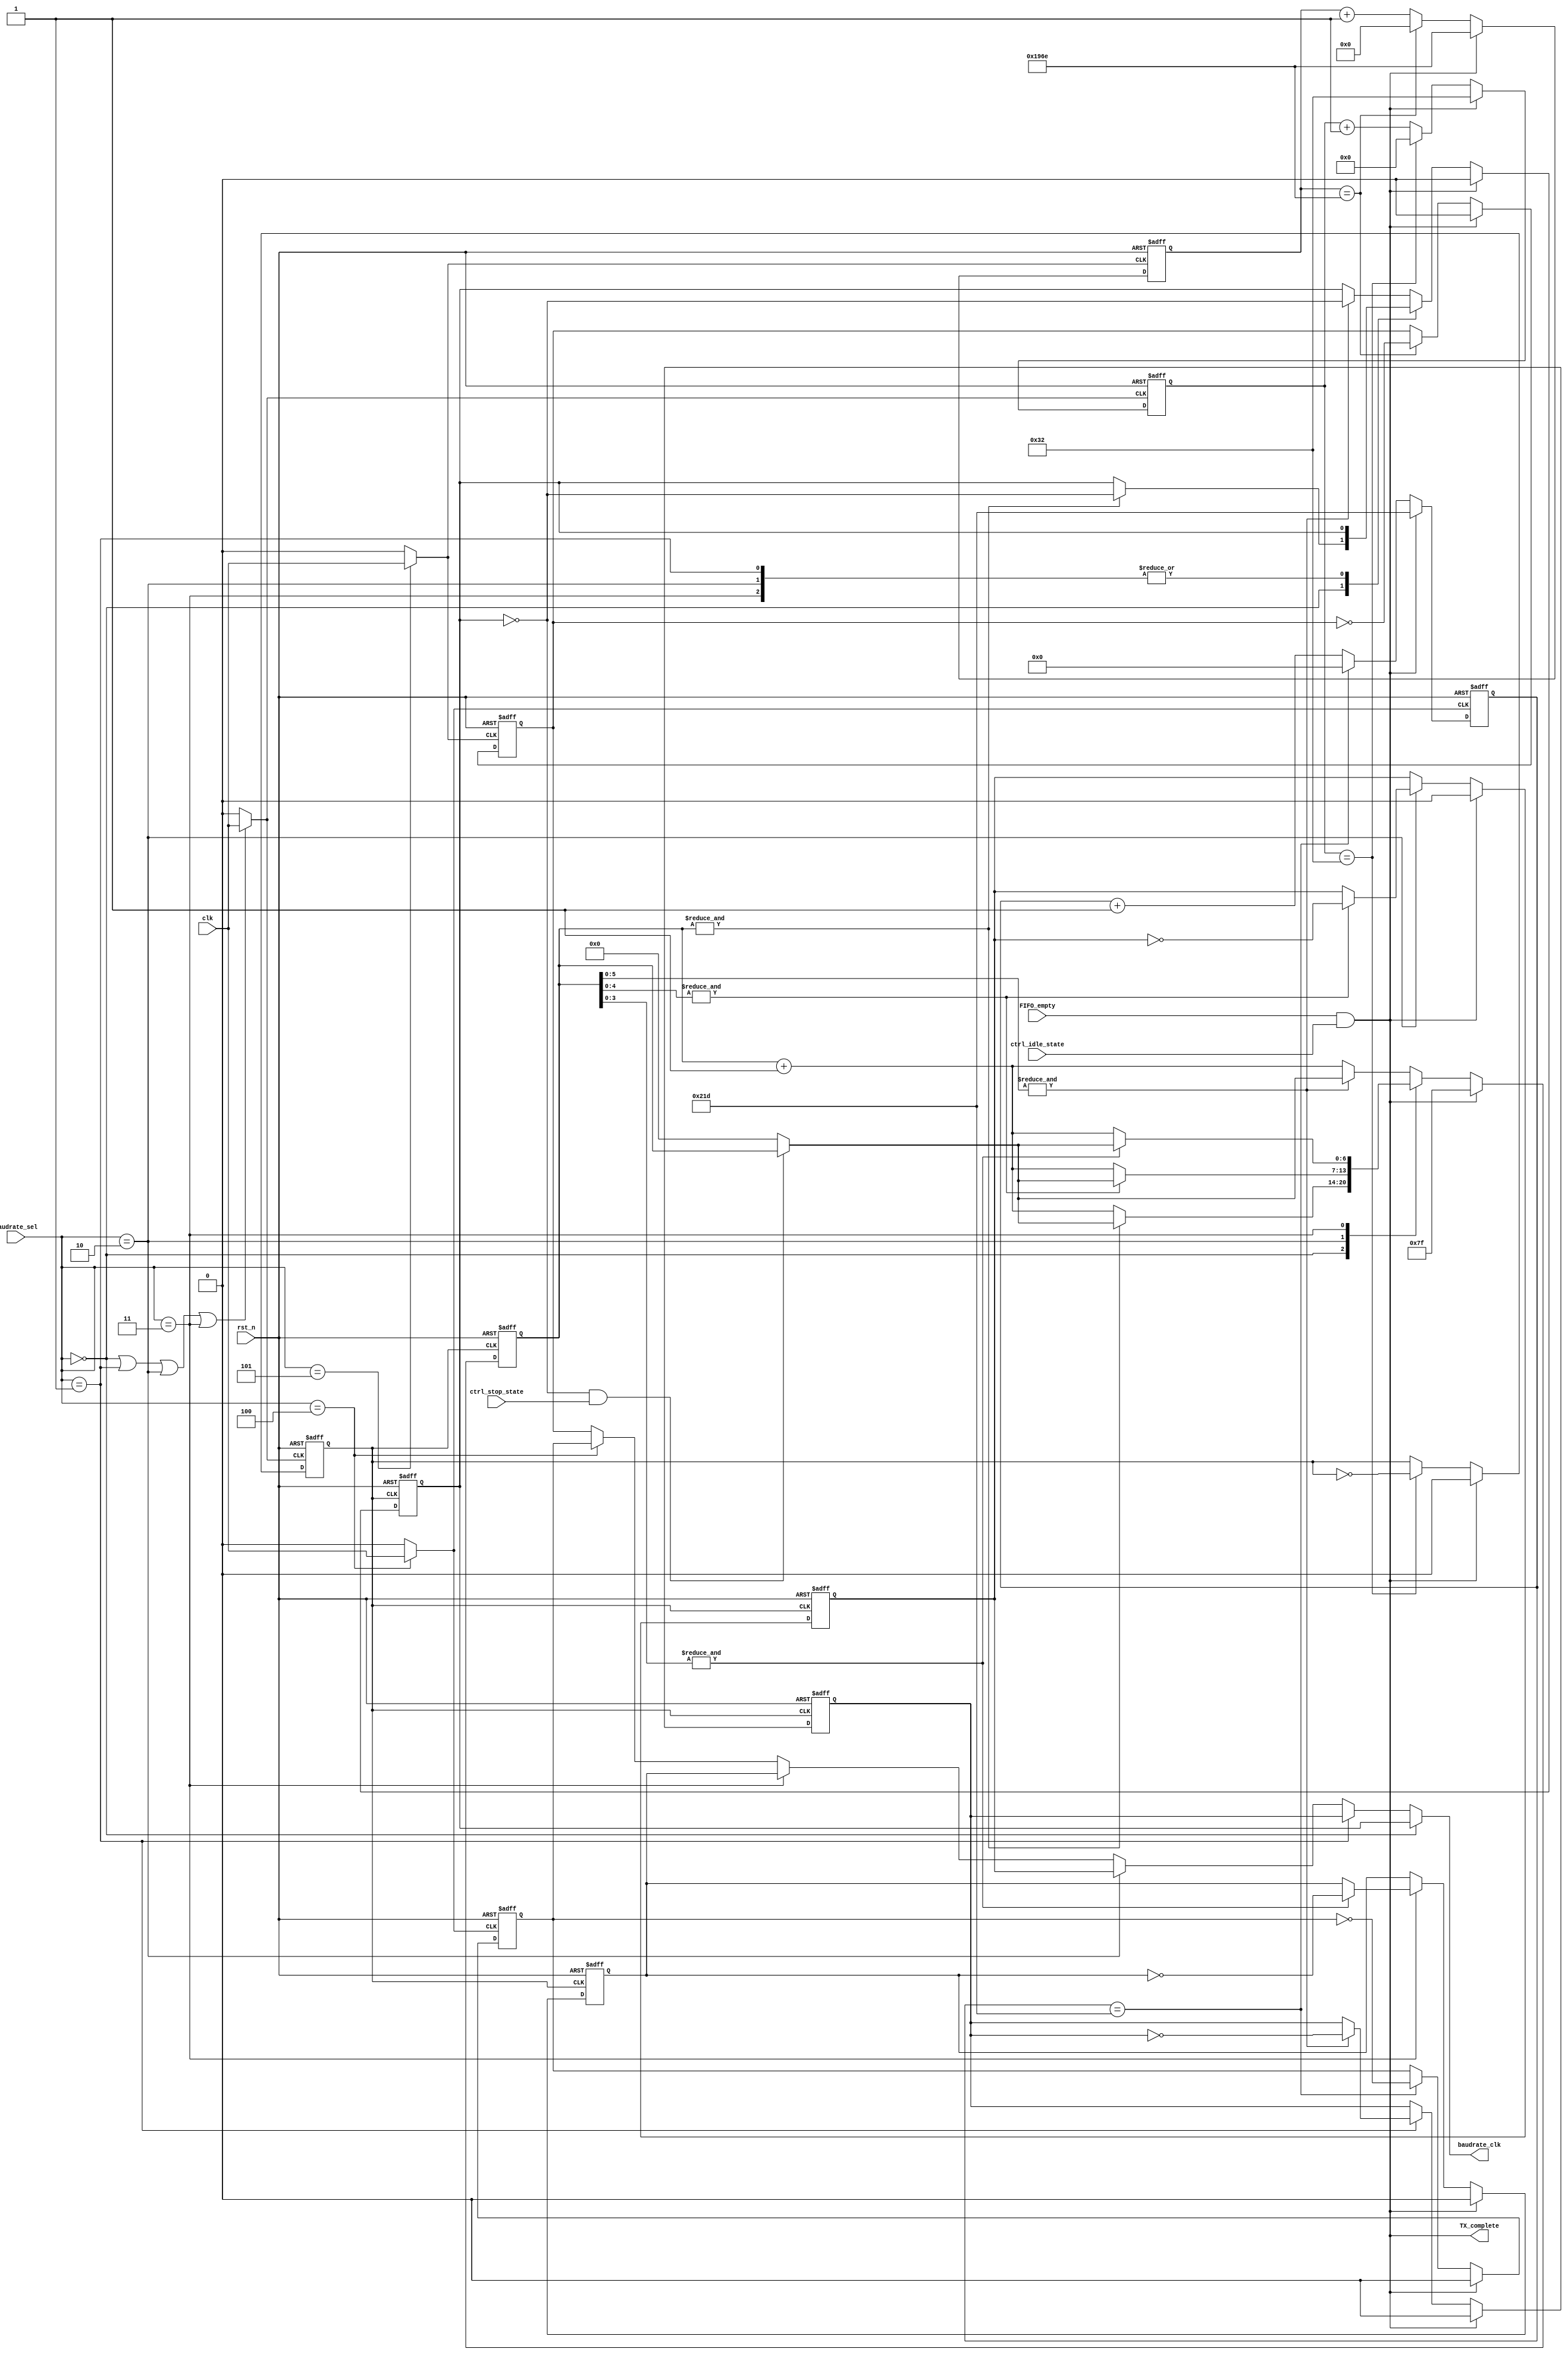
module com_uart_trans_timer
    #(  parameter CLOCK_DIVIDER =           51,     // <value> = ceil(Internal clock / (256 * 2))
        // Unique clock use for reducing error percent (increase accuracy)
        parameter CLOCK_DIVIDER_UNIQUE_1 =  542,    // <value> = ceil(Internal clock / (<BAUDRATE_SPEED> * 2))  (115200)
        parameter CLOCK_DIVIDER_UNIQUE_2 =  6511,   // <value> = ceil(Internal clock / (<BAUDRATE_SPEED> * 2))  (9600)
        parameter BD4800_ENCODE =           0,
        parameter BD9600_ENCODE =           1,
        parameter BD19200_ENCODE =          2,
        parameter BD38400_ENCODE =          3,   
        parameter BD_UNIQUE_1_ENCODE =      4,      // Unique Baudrate 
        parameter BD_UNIQUE_2_ENCODE  =     5,      // Unique Baudrate 
        
        parameter BAUDRATE_SEL_WIDTH     = $clog2(BD_UNIQUE_2_ENCODE + 1),  // Max encode value
        parameter UNIQUE_1_COUNTER_WIDTH = $clog2(CLOCK_DIVIDER_UNIQUE_1 + 1), 
        parameter UNIQUE_2_COUNTER_WIDTH = $clog2(CLOCK_DIVIDER_UNIQUE_2 + 1),  
        parameter FIRST_COUNTER_WIDTH   = $clog2(CLOCK_DIVIDER)
    )
    (
    input   wire                                clk,
    input   wire    [BAUDRATE_SEL_WIDTH - 1:0]  baudrate_sel,
    input   wire                                rst_n,
    output  wire                                baudrate_clk,
//    output [5:0] debug_40,
//    output [6:0] debug_128
    input   wire                                FIFO_empty,
    input   wire                                ctrl_idle_state,
    input   wire                                ctrl_stop_state,
    
    // Optional
    output  wire                                TX_complete
    // Debug 
//    , output wire TX_disable_wire
//    , output wire debug
//    , output [FIRST_COUNTER_WIDTH - 1:0] debug_1
    );
    // Divider 
    // Baudrate clock (prescaler)
//    localparam Bd9600 = 3'b000;
//    localparam Bd19200 = 3'b001;
//    localparam Bd38400 = 3'b010;
//    localparam Bd76800 = 3'b011;
    
    wire TX_disable = (FIFO_empty & ctrl_idle_state);
    
    reg [FIRST_COUNTER_WIDTH - 1:0] counter_div40;
    reg baudrate_div40;
    wire normal_mode_clk;
    wire normal_mode_en = ( baudrate_sel == BD4800_ENCODE   | baudrate_sel == BD9600_ENCODE |
                            baudrate_sel == BD19200_ENCODE  | baudrate_sel == BD38400_ENCODE);
    
    assign normal_mode_clk = (normal_mode_en) ? clk : 1'b0;
    
    always @(posedge normal_mode_clk, negedge rst_n) begin
        if(!rst_n) begin
            counter_div40 <= (CLOCK_DIVIDER - 1);
            baudrate_div40 <= 0; 
        end
        else begin
            if(TX_disable) begin
                counter_div40 <= (CLOCK_DIVIDER - 1);
                baudrate_div40 <= 0;
            end
            else begin
                if(counter_div40 == (CLOCK_DIVIDER - 1)) begin
                    counter_div40 <= 0;
                    baudrate_div40 <= ~baudrate_div40;
                end
                else counter_div40 <= counter_div40 + 1;
            end
        end
    end
    
    
    reg [6:0] counter_bd9600;
    reg baudrate_div40_div128;      // Bd 9600
    reg baudrate_div40_div64;       // Bd 19200
    reg baudrate_div40_div32;       // Bd 38400
    reg baudrate_div40_div16;       // Bd 76800
//    always @(posedge baudrate_div40, negedge rst_n, reg_en) begin
    always @(posedge baudrate_div40, negedge rst_n) begin
        if(!rst_n) begin
            counter_bd9600 <= 127;
            baudrate_div40_div128 <= 0;      
            baudrate_div40_div64 <= 0;       
            baudrate_div40_div32 <= 0;       
            baudrate_div40_div16 <= 0;
        end
        else begin
            if(TX_disable) begin
                counter_bd9600 <= 127;
                baudrate_div40_div128 <= 0;      
                baudrate_div40_div64 <= 0;       
                baudrate_div40_div32 <= 0;       
                baudrate_div40_div16 <= 0;
            end
            else begin
                case (baudrate_sel)
                    BD4800_ENCODE: begin
                        if(&counter_bd9600[6:0]) begin
                            counter_bd9600 <= ((baudrate_div40_div128 == 0) & (ctrl_stop_state)) ? counter_bd9600 : 0;
                            baudrate_div40_div128 <= ~baudrate_div40_div128;
                        end
                        else counter_bd9600 <= counter_bd9600 + 1;
                    end
                    BD9600_ENCODE: begin
                        if(&counter_bd9600[5:0]) begin
                            counter_bd9600 <= ((baudrate_div40_div128 == 0) & (ctrl_stop_state)) ? counter_bd9600 : 0;
                            baudrate_div40_div64 <= ~baudrate_div40_div64;
                        end
                        else counter_bd9600 <= counter_bd9600 + 1;
                    end
                    BD19200_ENCODE: begin
                        if(&counter_bd9600[4:0]) begin
                            counter_bd9600 <= ((baudrate_div40_div128 == 0) & (ctrl_stop_state)) ? counter_bd9600 : 0;
                            baudrate_div40_div32 <= ~baudrate_div40_div32;
                        end
                        else counter_bd9600 <= counter_bd9600 + 1;
                    end
                    BD38400_ENCODE: begin
                        if(&counter_bd9600[3:0]) begin
                            counter_bd9600 <= ((baudrate_div40_div128 == 0) & (ctrl_stop_state)) ? counter_bd9600 : 0;
                            baudrate_div40_div16 <= ~baudrate_div40_div16;
                        end
                        else counter_bd9600 <= counter_bd9600 + 1;
                    end
                    default: begin
                        // default
                        if(&counter_bd9600[5:0]) begin
                            counter_bd9600 <= ((baudrate_div40_div128 == 0) & (ctrl_stop_state)) ? counter_bd9600 : 0;
                            baudrate_div40_div128 <= ~baudrate_div40_div128;
                        end
                        else counter_bd9600 <= counter_bd9600 + 1;
                    end
                endcase 
//                if(counter_bd9600 == 127 & baudrate_sel == BD9600_ENCODE) begin
//                    counter_bd9600 <= ((baudrate_div40_div128 == 0) & (ctrl_stop_state)) ? counter_bd9600 : 0;
//                    baudrate_div40_div128 <= ~baudrate_div40_div128;
//                end
//                else counter_bd9600 <= counter_bd9600 + 1;
//                if(counter_bd9600 == 63 & baudrate_sel == BD19200_ENCODE) begin
//                    counter_bd9600 <= ((baudrate_div40_div128 == 0) & (ctrl_stop_state)) ? counter_bd9600 : 0;
//                end
//                else 
//                baudrate_div40_div16 <= (&counter_bd9600[3:0]) ? ~baudrate_div40_div16 : baudrate_div40_div16;
            end
        end
    end 
    
    // Unique_1 clock mode
    wire unique_1_mode_clk;
    reg baudrate_unique_1;
    reg [UNIQUE_1_COUNTER_WIDTH - 1:0] counter_unique_1;
    
    assign unique_1_mode_clk = (baudrate_sel == BD_UNIQUE_1_ENCODE) ? clk : 1'b0;
    
    always @(posedge unique_1_mode_clk, negedge rst_n) begin
        if(!rst_n) begin
            counter_unique_1 <= (CLOCK_DIVIDER_UNIQUE_1 - 1);
            baudrate_unique_1 <= 0; 
        end
        else begin
            if(TX_disable) begin
                counter_unique_1 <= (CLOCK_DIVIDER_UNIQUE_1 - 1);
                baudrate_unique_1 <= 0; 
            end
            else begin
                if(counter_unique_1 == (CLOCK_DIVIDER_UNIQUE_1 - 1)) begin
                    counter_unique_1 <= 0;
                    baudrate_unique_1 <= ~baudrate_unique_1;
                end
                else counter_unique_1 <= counter_unique_1 + 1;
            end
        end
    end
    
    // Unique_1 clock mode
    wire unique_2_mode_clk;
    reg baudrate_unique_2;
    reg [UNIQUE_2_COUNTER_WIDTH - 1:0] counter_unique_2;
    
    assign unique_2_mode_clk = (baudrate_sel == BD_UNIQUE_2_ENCODE) ? clk : 1'b0;
    
    always @(posedge unique_2_mode_clk, negedge rst_n) begin
        if(!rst_n) begin
            counter_unique_2 <= (CLOCK_DIVIDER_UNIQUE_2 - 1);
            baudrate_unique_2 <= 0; 
        end
        else begin
            if(TX_disable) begin
                counter_unique_2 <= (CLOCK_DIVIDER_UNIQUE_2 - 1);
                baudrate_unique_2 <= 0; 
            end
            else begin
                if(counter_unique_2 == (CLOCK_DIVIDER_UNIQUE_2 - 1)) begin
                    counter_unique_2 <= 0;
                    baudrate_unique_2 <= ~baudrate_unique_2;
                end
                else counter_unique_2 <= counter_unique_2 + 1;
            end
        end
    end
    
    
    ////////////////////////////////////////////////////////////////////
    
    assign TX_complete = TX_disable;
    assign baudrate_clk =   (baudrate_sel == BD4800_ENCODE) ? baudrate_div40_div128 : 
                            (baudrate_sel == BD9600_ENCODE) ? baudrate_div40_div64 : 
                            (baudrate_sel == BD19200_ENCODE) ? baudrate_div40_div32 : 
                            (baudrate_sel == BD38400_ENCODE) ? baudrate_div40_div16 :
                            (baudrate_sel == BD_UNIQUE_1_ENCODE) ? baudrate_unique_1 : baudrate_unique_2;
                            
//  //Debug area ///////////////////////////////
//    assign debug_128 = counter_bd9600;
//    assign debug_40 = counter_div40;
//    assign debug = baudrate_div40;
//    assign debug_1 = counter_div40;
//    assign TX_disable_wire = TX_disable;
endmodule